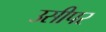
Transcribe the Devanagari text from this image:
उसीपर